Statistical return of the lunatic asylum in Assam - 1912-1932
Year: 1912
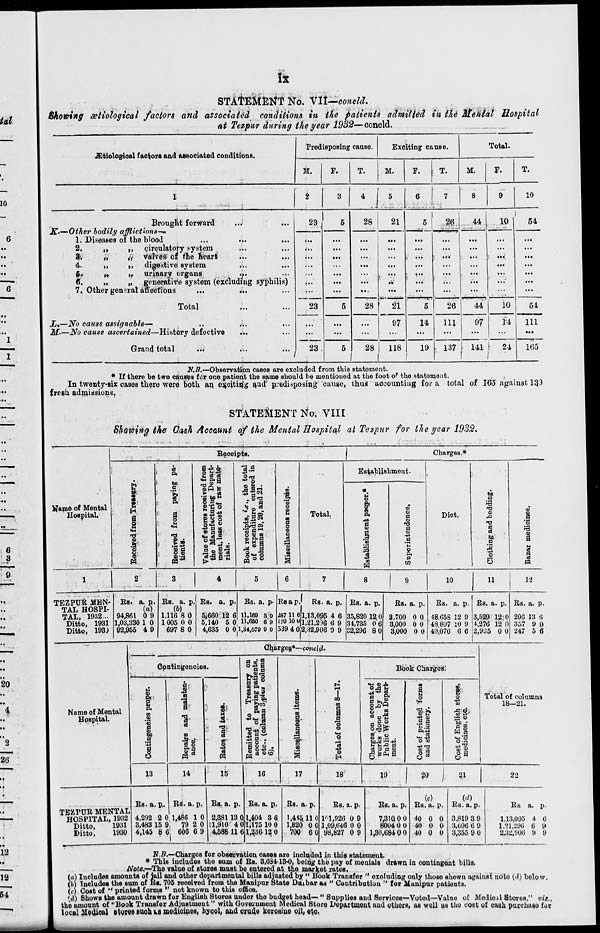
it
STAtEfofrtfT No. Vll—concld.
Showing biological factors and associated conditions in the patients admitted in the MeMal Hospital
at Tezpur during the year 1932—conoid.
JEtiologioal f aofcors and associated conditions.
Predisposing cause.
Exciting causo.
Total.
M.
F.
T.
M.
F.
T.
M.
F.
T.
1
i
3
4(567
8
9
10
Brouglit forward
...'
K>—Other bodily afflictions—*
1. Diseases of the blood
...
...
...
2.
„
,, circulatory system
%
„
ft valves ot t'ne near*
4.
,,
i» digestive system
.•'..
5.
„
„ urinary organs
. f .
6.
„
„ generative system (excluding syphilis)
7. Other general affections
...
...
23,
6
28
21
5
2( \
44
10
54
...
23
...
...
it.
...
...
...
...
Total
5
28
5
26
44
97
10
54
X.—No cause assignable—
M-—No cause ascertained—History defective
23
...
...
97
14
HI
14
111
Grand total
..*
5
28 1 118
J
1
19
1
137
141 1
24
1
165
N.B.—Observation cases are excluded from this statement.
* If there be two cansea fv,r one patient the same should be mentioned at the foot o f the statement.
In twenty-six cases there were both an. ejjcitiq'g $ad' predisposing cause, thus" accounting for a total of 165 against 13,3
fresh admissions.
STATEMENT tfo. VIII
Showing the Cash Account of the Mental Hospital at Tezpur for the year 1932.
Receipts.
Charges.*
Name of Mental
Hospital.
I
2
ri
P.
bo
i
a o
•a
§g
•-J3
I
a*
«-i ft a
n-t 9
o «<-■ v
m c S
og . .
9 "H °°
3
*^ O
a BEJ
a
^ <D *
CO.g<N
-u:E _«
f a H
o a> co
8|1
§*£ 9
1 b
s
IB
o
a;
S3
1
3
Total.
Establishment.
*
u
m
i ■
a o
a
-u
3
a
13
5
a
I
o
a
00
•3
M
&
8.
$
ft
ID
BO
CO
I
Diet.
bo
a
K3
TJ
so
a
§
tJ
o
a
a
T3
CD
bo
a
2
i
C3
o
C5
O
m
10
TEZPUR MEN-
TAL HOSPI-
TAL, 1932...
Ditto, 1931
Ditto, 193)
Bs. a. p.
(a)
94,861 0 9
1,03,330 1 0
92,955 4 9
Bs. a. p
(b)
1.116 8 0
1005 0 0
697 8 0
Bs. a. p.
5i660 12 6
5,140 5 0
Bs. a. p-
11,169
11,650
8 0
6 9
4,635 0 0,1,34,079 9 0
Rsar.. 1 RB. a. p.
-J87 11 61,13,095 4 6
170 10 o 1,21,206 6 9
539 4 0 2,32,906 9 9
Bs. a. p.
35,820 12 0
34,735 0 6
32,296 8 0
Bs. a. p.
2,700 0 0
3,000 0 0
3,000 0 0
Bs.
48.G5S
43 807 10
49,070
11
12
a. p.
12 9
10 9
6 6
Bs. a. p.
3,529 12:0
4,276 12 0
2,935 0 0
Bs. a. p.
206 13 6
357 9 0
247 5 6
GJiarges.*--concty.
Contingencies.
Name of Mental
Hospital.
CD
2
m
<o
'■ O
a
bo
d
4r
»
13
m
b «
5 o
£
g-
M
A-
tJ:.
a-
cd
IT
a
a -fl
o-n a
a 3
ury
atie
col
a, bo i
■
ft a
a
s
.-<
§•
s
Bemitted
account
etc., (co
6).
1 ar o
CO
; ■ 1
1
CO
I
o
e3
2
Book Charges.'
8 g
oj „,^>
* 9 M
c | O
co
«
0> CO.S .
cl o c o
o
B.l ft-u es
O co
11
to
8
o
CO
rC 6:
.- „
bo "
c 9
W§
"g'J
° a
o
Total of columns
18—21.
14
15
16
17
18
19
20
a.i
22
TEZPUB MENTAL
HOSPITAL, 1932
Ditto,
1931
Ditto,
1930
Bs- a. p.. lis. a. p.
4,292 2 0,1,486 1 0
3,483 15 9,
79 2 0
4,145 8 G G06 6 9
Bs. a. p.
2,38113 0
11,910 4 0
4,588 11 6
Bs. a. p..
1.404 3 6
1,175 10 0
1,236 12 0
Bs. a. p.
1,415.110
1,820 0 0
700 6 0
Bs. a. p.
1^1,926 0 9
1,09,646 0 0
98,827 0 9
Bs. a. p.
7.3IQ0 0
8004 0 0
1,30,684 0 0
(c)
Bs. a. p. Bs. a. p.
40 0 0
40 0 0
40 0 0
3,819 3 9
3,006 6 0
3,355 9 0
Bs a. p.
1,13,095 4 6
1,21,296 6 9
2,32,906 li 8
2?.5.—Charges for observation cases are inolndod in this statement.
* This includes the sum of Bs. 8,634-18-0, being the pay of menials drawi* in contingent bills.
Note.—The value of stores muBt be entered at the market rates.
(a) Includes amounts of jail and other departmental bills adjusted by " Hook Transfer " excluding only thoso Bhewn against no to (d) below
(b) Includes the sum of Bs. 705 received from the Manipur State Duibar ad " Contribution " for Manipur patients.
/.\ Cost of " «" n *' - ft 'l fnrma " nnf. buiwn tn this nffinfl.
printed forma " not known to this office.
M) Shows the amount drawn for English Stores under the budget head— " Supplies and Services—Votod—Valno of Modioil Stores," - ,
,e amount of "Book Transfer Adjustment " with Government Medical Store Department and others, as well as tho cost of cash
the -
local iloiiiwl stores suoh ua medioines, hyQol, and orudo korosine oil, otu.
cash puivhuao for